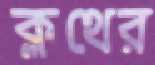
ক্লথের